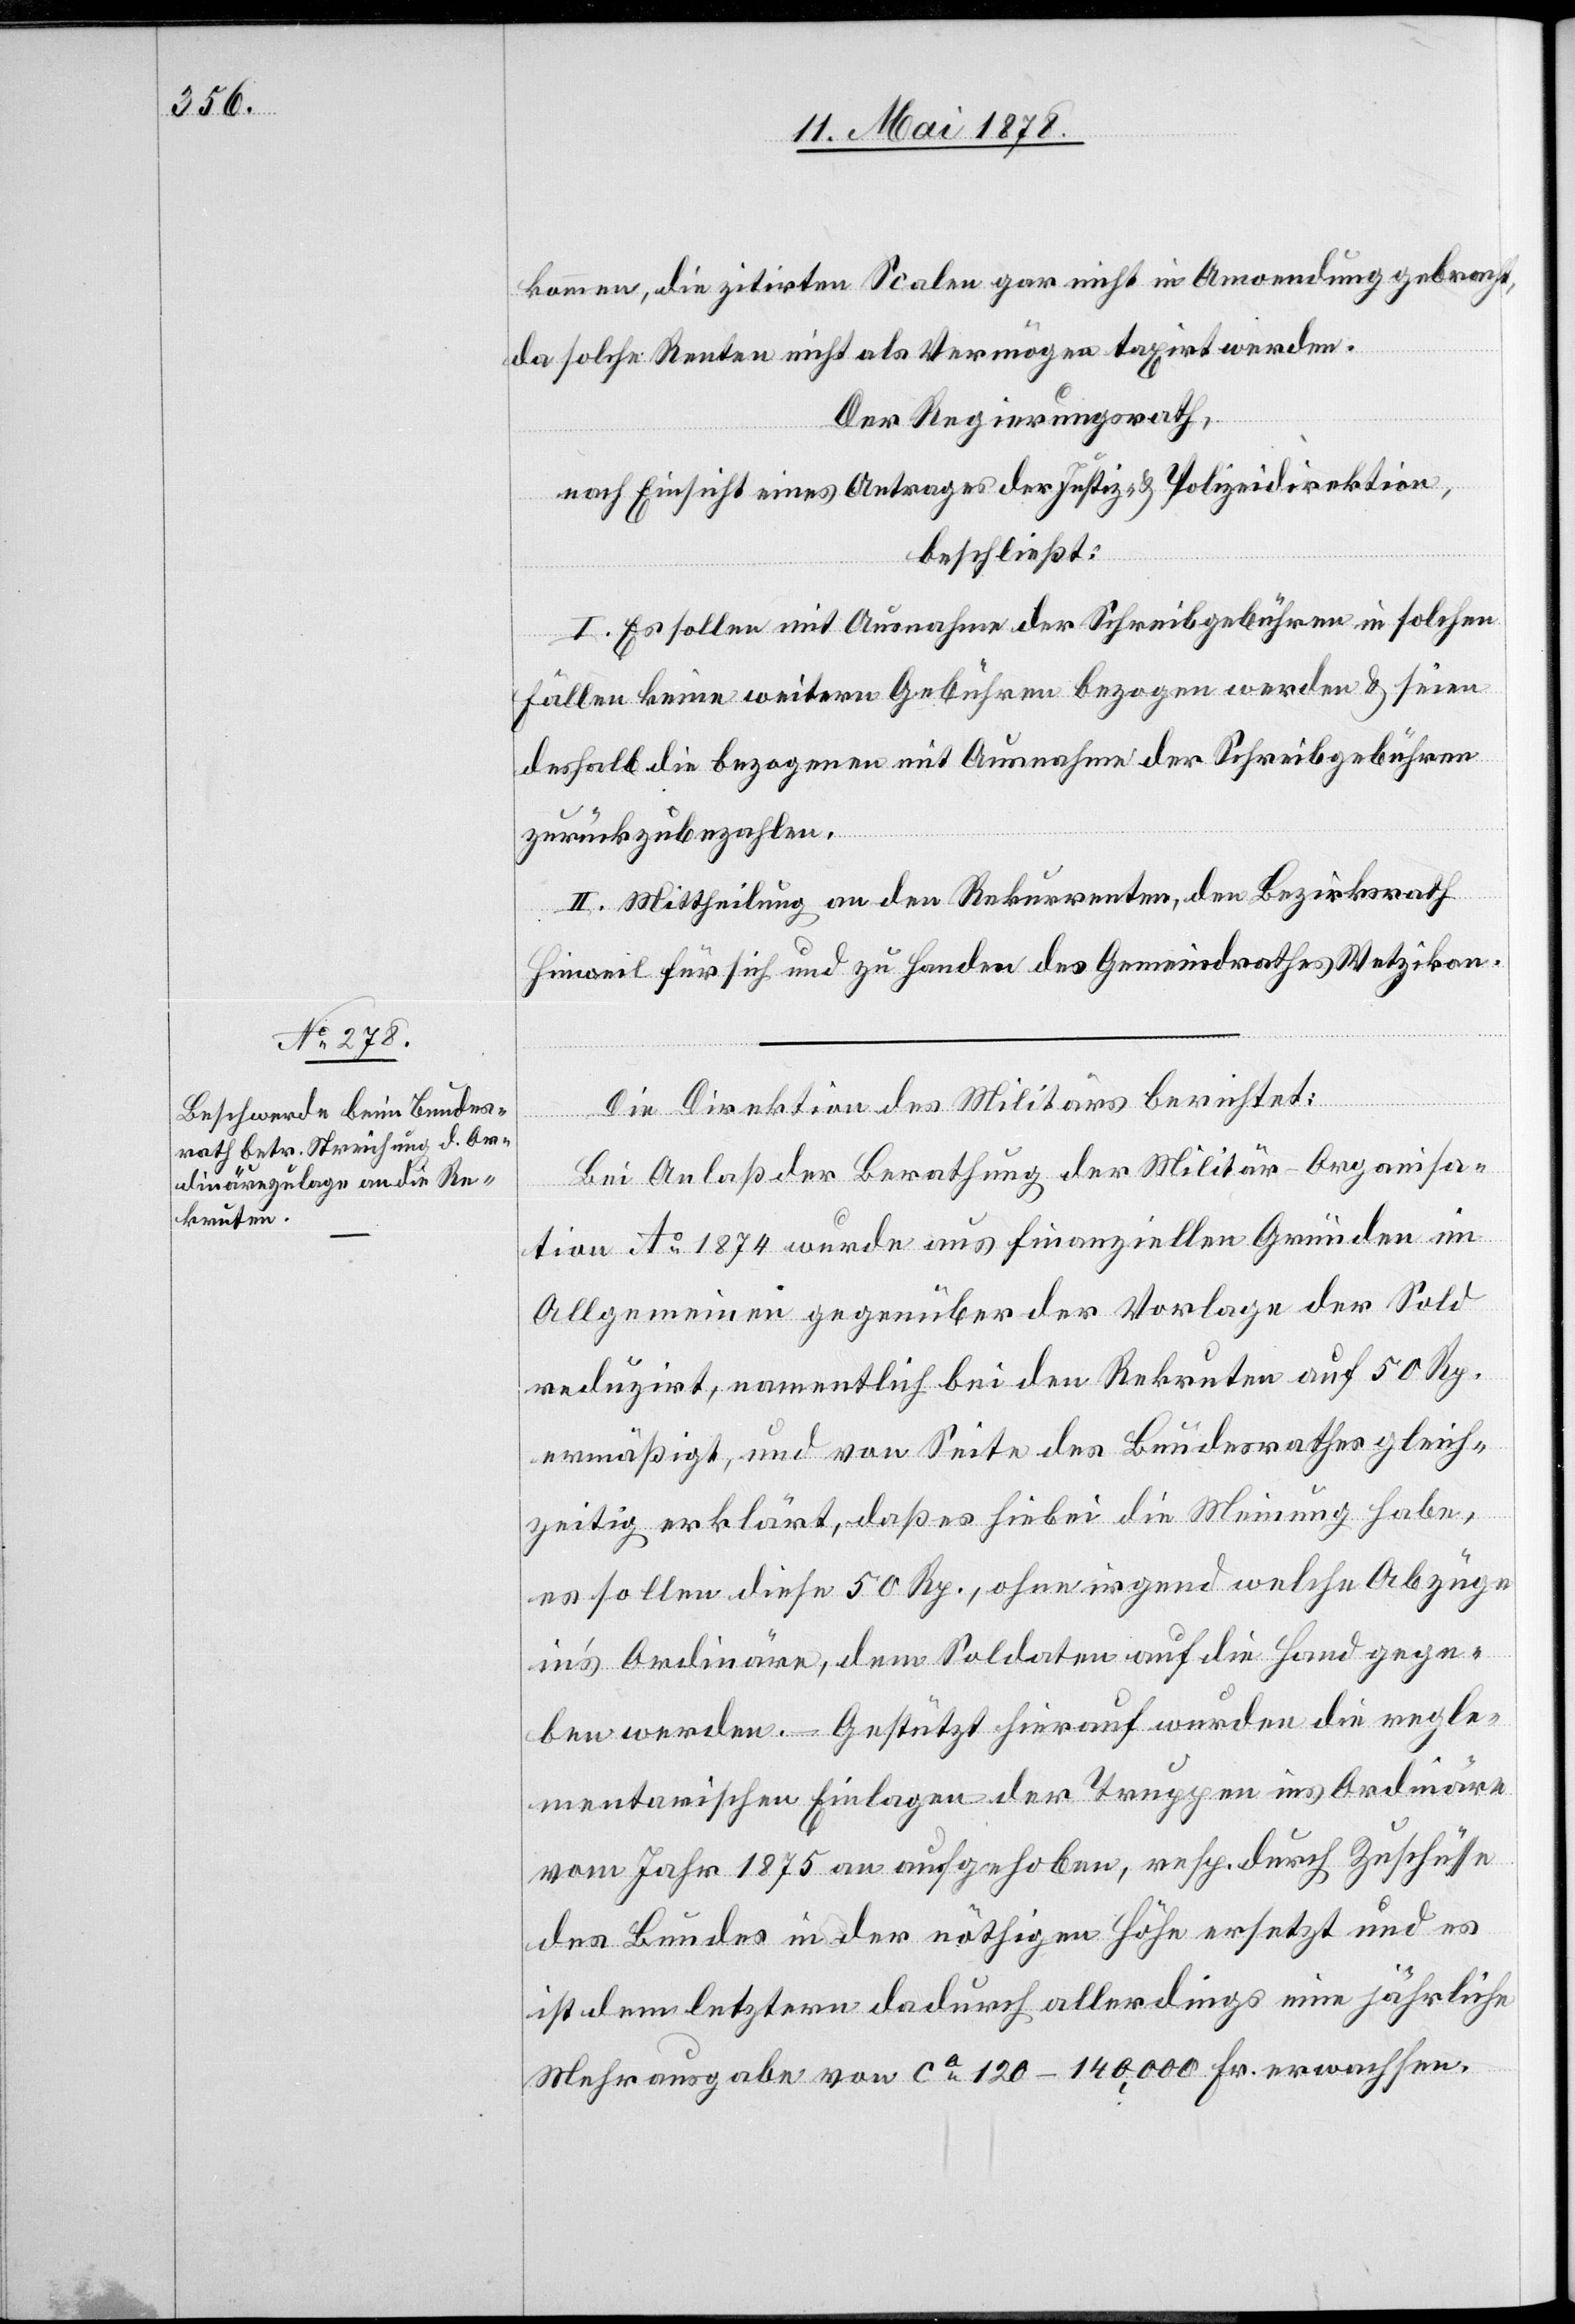
kommen, die zitirten Scalen gar nicht in Anwendung gebracht,
da solche Renten nicht als Vermögen taxirt werden.
Der Regierungsrath,
nach Einsicht eines Antrages der Justiz- & Polizeidirektion,
beschließt:
I. Es sollen mit Ausnahme der Schreibgebühren in solchen
Fällen keine weitern Gebühren bezogen werden & seien
deshalb die bezogenen mit Ausnahme der Schreibgebühren
zurückzubezahlen.
II. Mittheilung an den Rekurrenten, den Bezirksrath
Hinweil für sich und zu Handen des Gemeindrathes Wetzikon.
Die Direktion des Militärs berichtet:
Bei Anlaß der Berathung der Militär-Organisa¬
tion Ao 1874 wurde aus finanziellen Gründen im
Allgemeinen gegenüber der Vorlage der Sold
reduzirt, namentlich bei den Rekruten auf 50 Rp.
ermäßigt, und von Seite des Bundesrathes gleich¬
zeitig erklärt, daß es hiebei die Meinung habe,
es sollen diese 50 Rp., ohne irgend welche Abzüge
in’s Ordinäre, dem Soldaten auf die Hand gege¬
ben werden. Gestützt hierauf wurden die regle¬
mentarischen Einlagen der Truppen ins Ordinäre
vom Jahr 1875 an aufgehoben, resp. durch Zuschüsse
des Bundes in der nöthigen Höhe ersetzt und es
ist dem letztern dadurch allerdings eine jährliche
Mehrausgabe von ca 120–140,000 Fr. erwachsen.